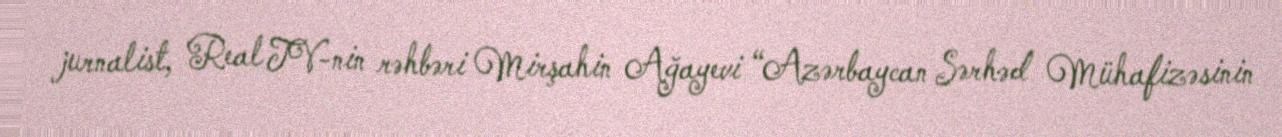
jurnalist, Real TV-nin rəhbəri Mirşahin Ağayevi “Azərbaycan Sərhəd Mühafizəsinin